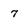
Character: 7